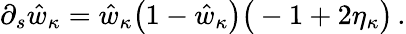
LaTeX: \partial_{s}\hat{w}_{\kappa}=\hat{w}_{\kappa}\big(1-\hat{w}_{\kappa}\big)\big(-1+2\eta_{\kappa}\big)\, .